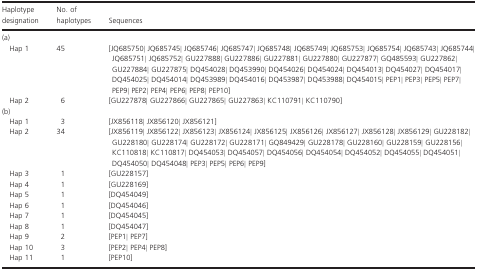
<table><thead><tr><td><b>Haplotype designation</b></td><td><b>No. of haplotypes</b></td><td><b>Sequences</b></td></tr></thead><tbody><tr><td colspan="3">(a)</td></tr><tr><td>Hap 1</td><td>45</td><td>[JQ685750| JQ685745| JQ685746| JQ685747| JQ685748| JQ685749| JQ685753| JQ685754| JQ685743| JQ685744| JQ685751| JQ685752| GU227888| GU227886| GU227881| GU227880| GU227877| GQ485593| GU227862| GU227884| GU227875| DQ454028| DQ453990| DQ454026| DQ454024| DQ454013| DQ454027| DQ454017| DQ454025| DQ454014| DQ453989| DQ454016| DQ453987| DQ453988| DQ454015| PEP1| PEP3| PEP5| PEP7| PEP9| PEP2| PEP4| PEP6| PEP8| PEP10]</td></tr><tr><td>Hap 2</td><td>6</td><td>[GU227878| GU227866| GU227865| GU227863| KC110791| KC110790]</td></tr><tr><td colspan="3">(b)</td></tr><tr><td>Hap 1</td><td>3</td><td>[JX856118| JX856120| JX856121]</td></tr><tr><td>Hap 2</td><td>34</td><td>[JX856119| JX856122| JX856123| JX856124| JX856125| JX856126| JX856127| JX856128| JX856129| GU228182| GU228180| GU228174| GU228172| GU228171| GQ849429| GU228178| GU228160| GU228159| GU228156| KC110818| KC110817| DQ454053| DQ454057| DQ454056| DQ454054| DQ454052| DQ454055| DQ454051| DQ454050| DQ454048| PEP3| PEP5| PEP6| PEP9]</td></tr><tr><td>Hap 3</td><td>1</td><td>[GU228157]</td></tr><tr><td>Hap 4</td><td>1</td><td>[GU228169]</td></tr><tr><td>Hap 5</td><td>1</td><td>[DQ454049]</td></tr><tr><td>Hap 6</td><td>1</td><td>[DQ454046]</td></tr><tr><td>Hap 7</td><td>1</td><td>[DQ454045]</td></tr><tr><td>Hap 8</td><td>1</td><td>[DQ454047]</td></tr><tr><td>Hap 9</td><td>2</td><td>[PEP1| PEP7]</td></tr><tr><td>Hap 10</td><td>3</td><td>[PEP2| PEP4| PEP8]</td></tr><tr><td>Hap 11</td><td>1</td><td>[PEP10]</td></tr></tbody></table>